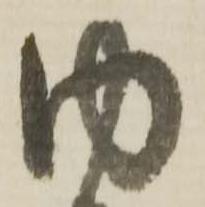
内